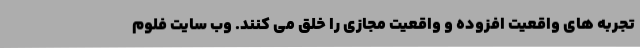
تجربه های واقعیت افزوده و واقعیت مجازی را خلق می کنند. وب سایت فلوم